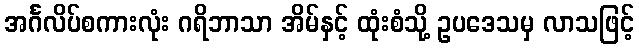
အင်္ဂလိပ်စကားလုံး ဂရိဘာသာ အိမ်နှင့် ထုံးစံသို့ ဥပဒေသမှ လာသဖြင့်